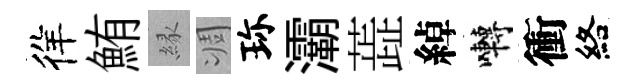
徉鮪縁凋珎灞蕋綽囀衝絡